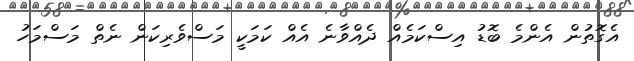
އެގޮތުން އެންމެ ބޮޑު އިސްކަމެއް ދެއްވާނެ އެއް ކަމަކީ މަސްވެރިކަން ނެތް މަސްމަހު